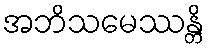
အဘိသမေဿန္တိ